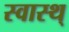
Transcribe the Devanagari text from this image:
स्वास्थ्